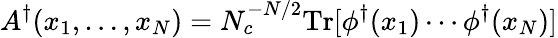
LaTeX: A^{\dagger}(x_{1},\ldots,x_{N})=N_{c}^{-N/2}\mathrm{Tr}[\phi^{\dagger}(x_{1})\cdots\phi^{\dagger}(x_{N})]